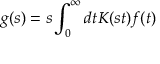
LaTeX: g ( s ) = s \int _ { 0 } ^ { \infty } d t K ( s t ) f ( t )